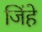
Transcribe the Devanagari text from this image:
जिंहे